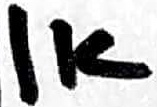
Text: 1K